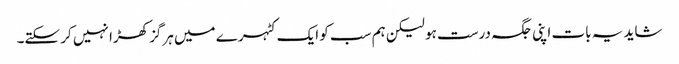
شاید یہ بات اپنی جگہ درست ہو لیکن ہم سب کو ایک کٹہرے میں ہرگز کھڑا نہیں کر سکتے۔